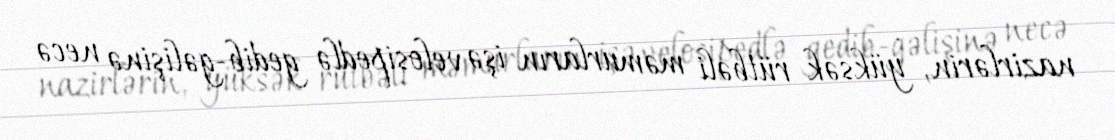
nazirlərin, yüksək rütbəli məmurların işə velosipedlə gedib-gəlişinə necə